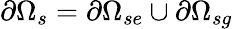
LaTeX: \partial\Omega_{s}=\partial\Omega_{se}\cup\partial\Omega_{sg}